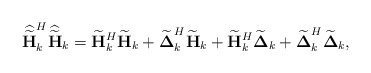
\begin{align*}\widehat{\widetilde{\mathbf{H}}}_k^H\widehat{\widetilde{\mathbf{H}}}_k = \widetilde{\mathbf{H}}_k^H\widetilde{\mathbf{H}}_k+ \widetilde{\boldsymbol{\Delta}}_k^H\widetilde{\mathbf{H}}_k + \widetilde{\mathbf{H}}_k^H\widetilde{\boldsymbol{\Delta}}_k + \widetilde{\boldsymbol{\Delta}}_k^H\widetilde{\boldsymbol{\Delta}}_k,\end{align*}